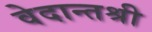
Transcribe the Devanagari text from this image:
वेदान्तश्री